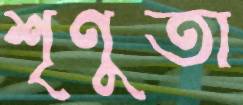
শৃণুতা